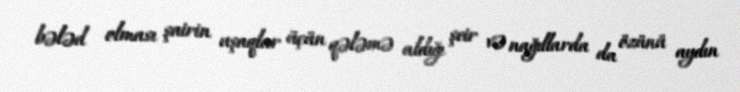
bələd olması şairin uşaqlar üçün qələmə aldığı şeir və nağıllarda da özünü aydın